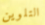
التلوين